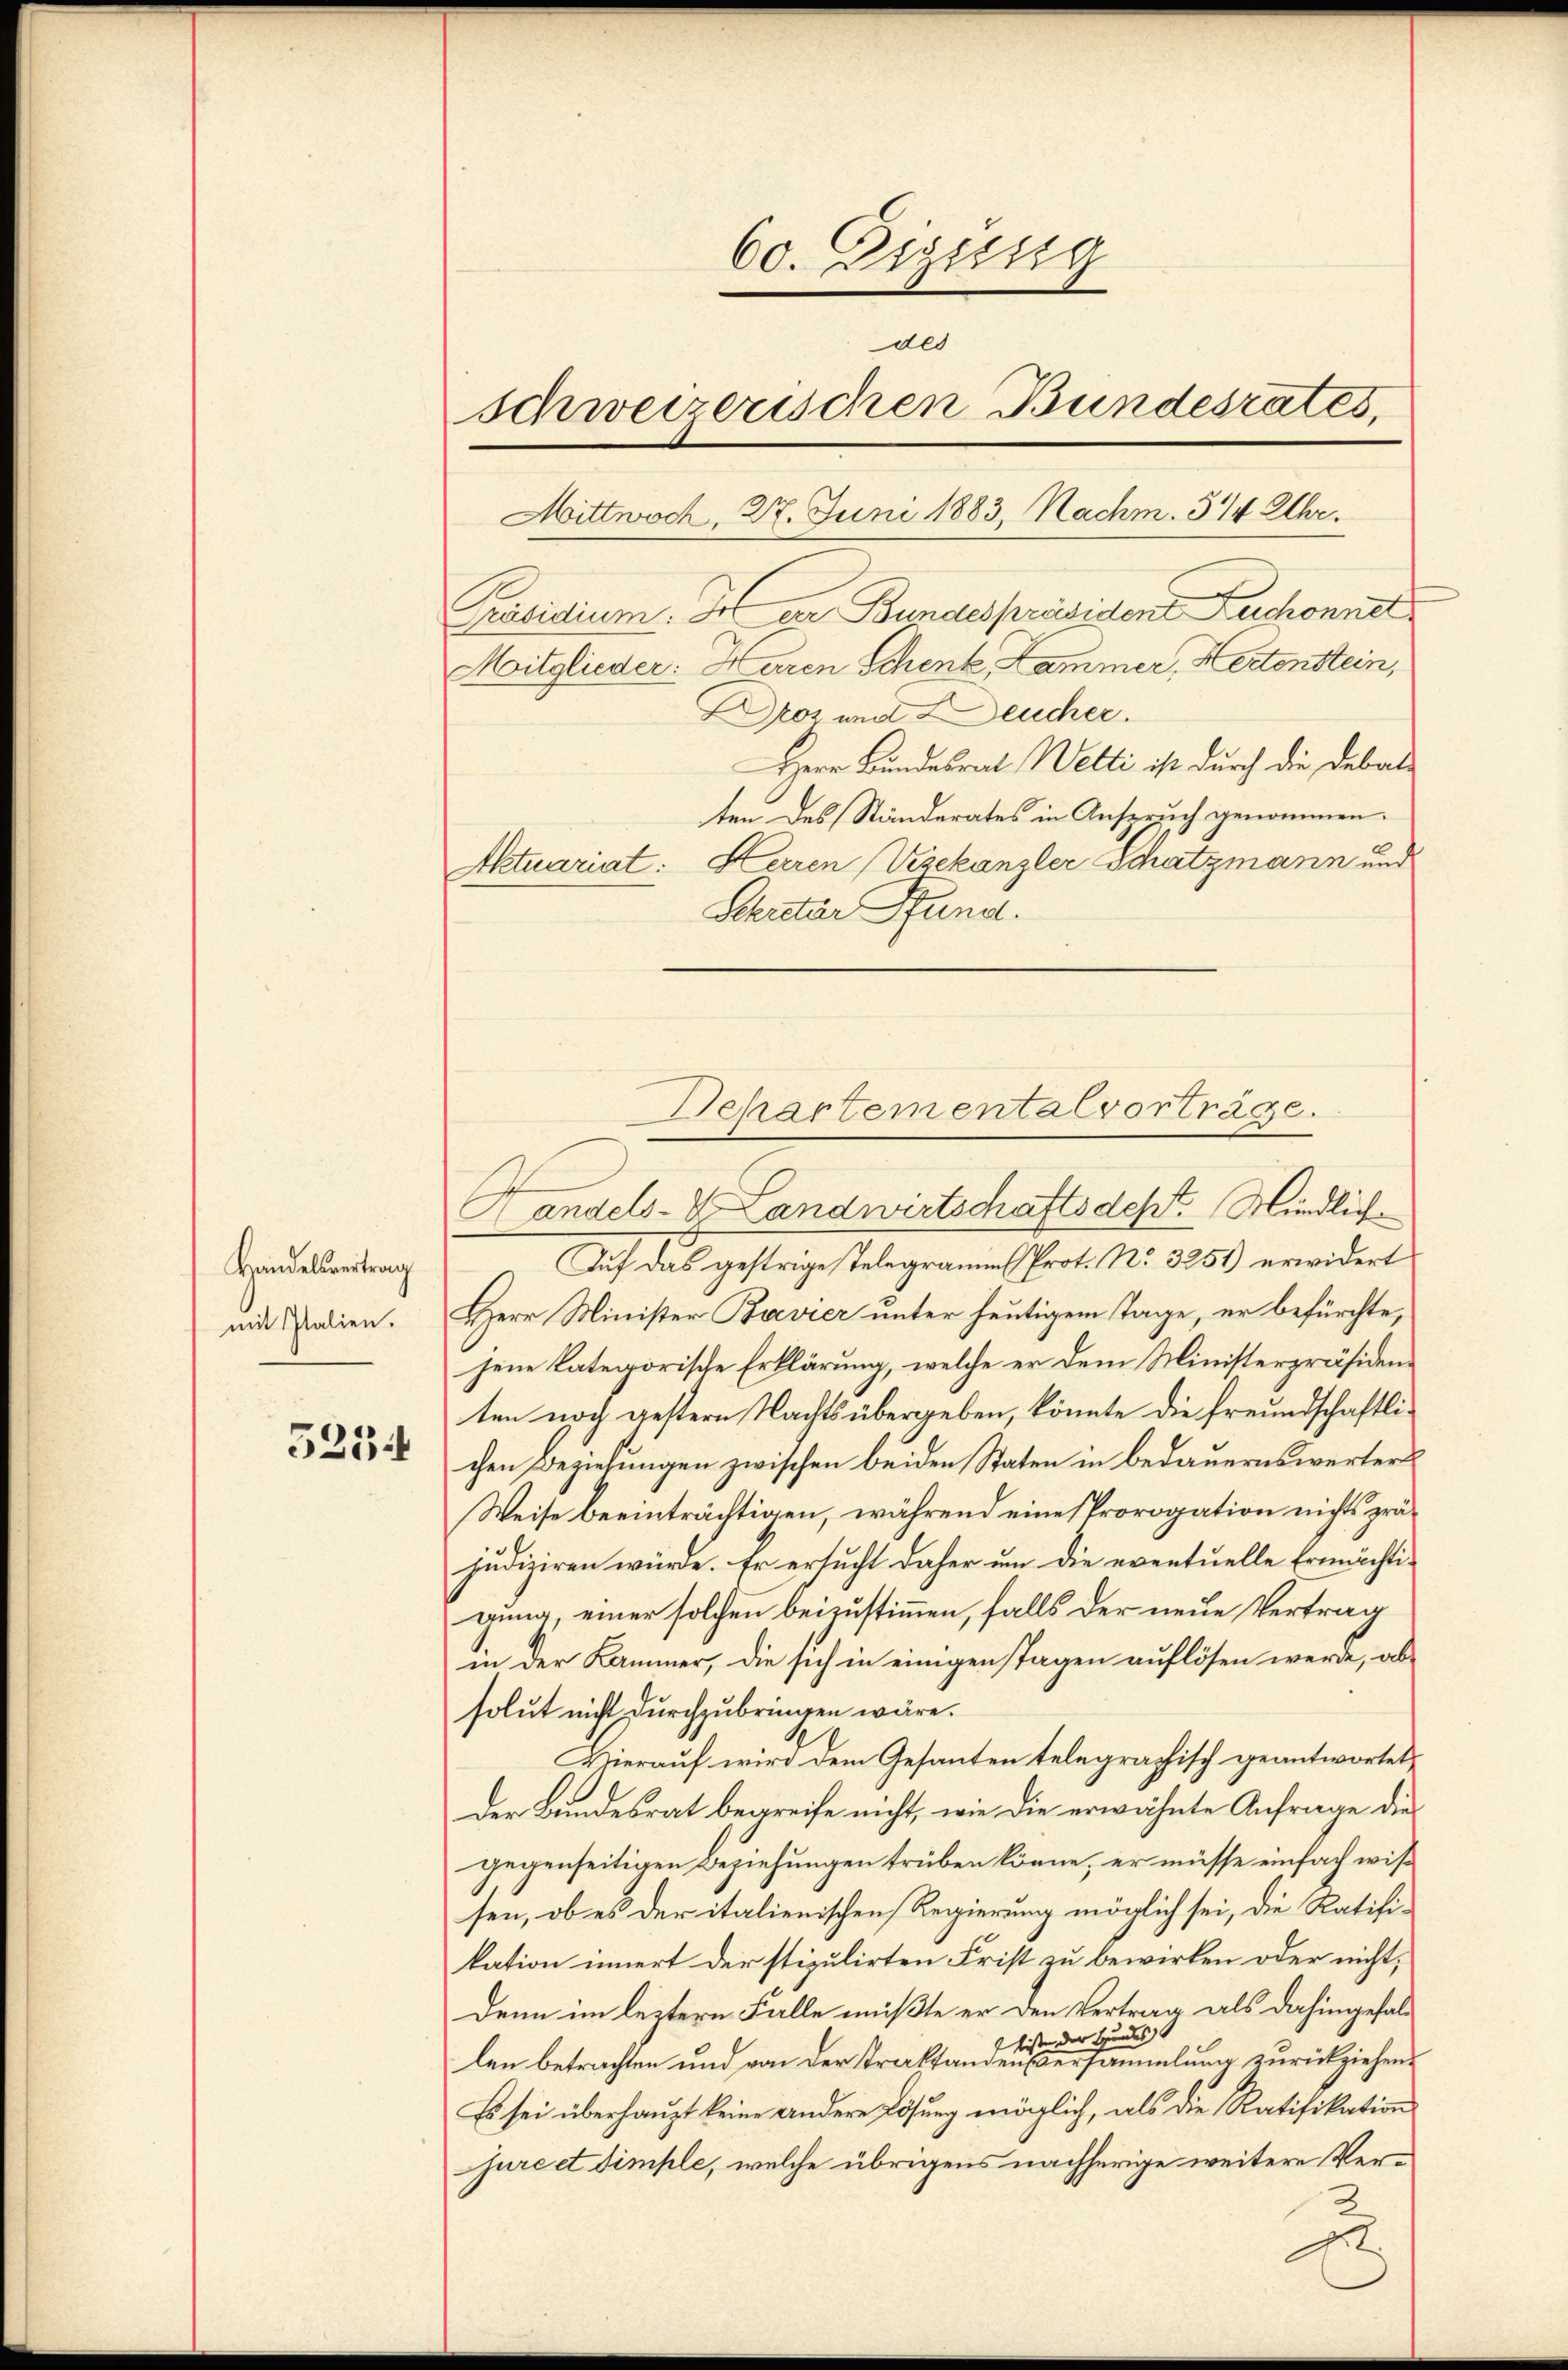
5234

Handelsvertrag
mit Italien.

60. Eigissig
des
schweizerischen Bundesrates,
Mittwoch, 27. Juni 1883, Nachm. 3/4 Uhr.
Präsidium. In der Bundespräsiden Zuschonnel
Mitglieder: Haren Schenk, Kammer, Hertenstein,
ros und Deucher.
Herr Bundesrat Welti ist durch die Debate
ten des Ständerates in Anspruch genommen.
Aktuariat: Herren Vizekanzler Schatzmann und
Schritar Fund.

Handels- & Landwirtschaftsdept. Mindlich
Auf das gestrige Telegramms Prot. No 3251) erwidert
Herr Minister Bavier unter heutigem Tage, er befürchte,
jene kategorische Erklärung, welche er dem Ministerpräsidenten noch gestern Nachts übergeben, könnte die freundschaftlichen Beziehungen zwischen beiden Staten in bedauernswerter
Weise beeinträchtigen, während eine Prorogation nichts präjudiziren würde. Er ersucht daher um die eventuelle Ermächtigung, einer solchen beizustimmen, falls der neue Vertrag
in der Kammer, die sich in einigenstagen auflösen werde, absolut nicht durchzubringen wäre.
Hierauf wird dem Gesanten telegraphisch geantwortet,
der Bundesrat begreife nicht, wie die erwähnte Anfrage die
gegenseitigen Beziehungen trüben könne, er müsse einfach wissen, ob es der italienischen Regierung möglich sei, die Ratifikation innert der stipulirten Frist zu bewirken oder nicht,
Denn im leztern Falle müßte er den Vertrag als dahingefallisten der Hundes
len betrachten und von der Traktanden versammlung zurückziehen.
Es sei überhaupt keine andere Lösung möglich, als die Ratifikations
jure et simple, welche übrigens nachherige weitere Ver¬
2
A

Sehartementalvorträge.